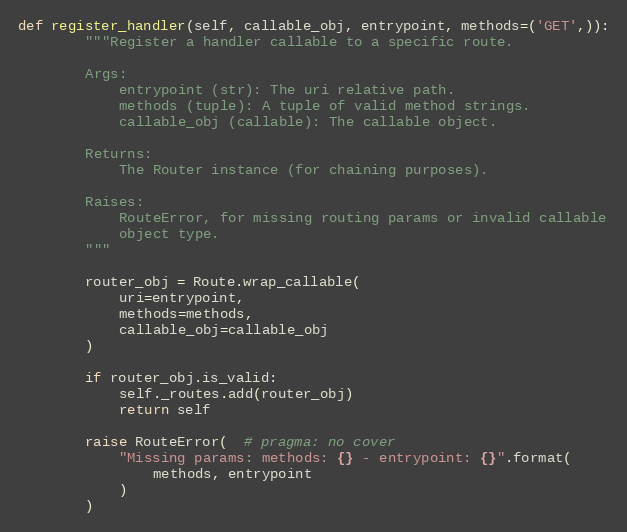
Language: Python
def register_handler(self, callable_obj, entrypoint, methods=('GET',)):
        """Register a handler callable to a specific route.

        Args:
            entrypoint (str): The uri relative path.
            methods (tuple): A tuple of valid method strings.
            callable_obj (callable): The callable object.

        Returns:
            The Router instance (for chaining purposes).

        Raises:
            RouteError, for missing routing params or invalid callable
            object type.
        """

        router_obj = Route.wrap_callable(
            uri=entrypoint,
            methods=methods,
            callable_obj=callable_obj
        )

        if router_obj.is_valid:
            self._routes.add(router_obj)
            return self

        raise RouteError(  # pragma: no cover
            "Missing params: methods: {} - entrypoint: {}".format(
                methods, entrypoint
            )
        )